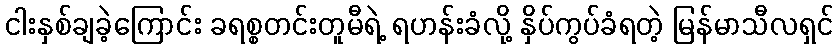
ငါးနှစ်ချခဲ့ကြောင်း ခရစ္စတင်းတူမီရဲ့ ရဟန်းခံလို့ နှိပ်ကွပ်ခံရတဲ့ မြန်မာသီလရှင်